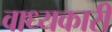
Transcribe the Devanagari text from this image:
वाध्यकारी